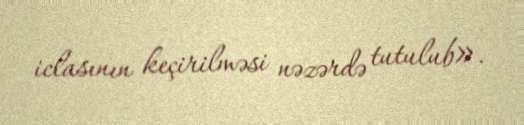
iclasının keçirilməsi nəzərdə tutulub».